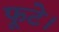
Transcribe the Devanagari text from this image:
फूटे।